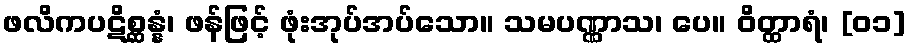
ဖလိကပဋိစ္ဆန္နံ၊ ဖန်ဖြင့် ဖုံးအုပ်အပ်သော။ သမပဏ္ဏာသ၊ ပေ။ ဝိတ္ထာရံ၊ [၀၁]